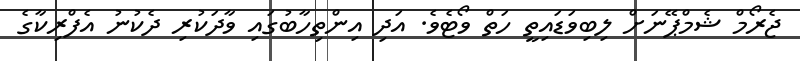
ޖެރޯމް ޝެމްޕޭނަށް ލިބިވަޑައިތީ ހަތް ވޯޓެވެ. އަދި އިންތިހާބުގައި ވާދަކުރި ދެކުނު އެފްރިކާގެ